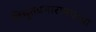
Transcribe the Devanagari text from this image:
विद्युतप्रभारामधल्या